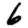
Digit: 6